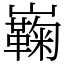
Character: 巈